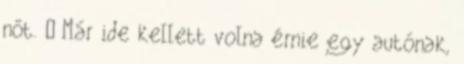
nőt. – Már ide kellett volna érnie egy autónak,